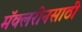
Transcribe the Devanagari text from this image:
मॅक्लरीनसाठी